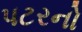
પટરનો